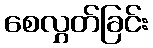
စေလွှတ်ခြင်း